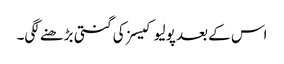
اس کے بعد پولیو کیسز کی گنتی بڑھنے لگی۔